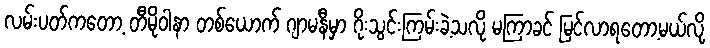
လမ်းပတ်ကတော့ တီမိုဝါနာ တစ်ယောက် ဂျာမနီမှာ ဂိုးသွင်းကြမ်းခဲ့သလို မကြာခင် မြင်လာရတော့မယ်လို့